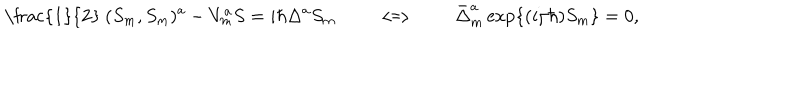
\mathrm { ~ \frac { 1 } { 2 } ~ } ( S _ { m } , S _ { m } ) ^ { a } - V _ { m } ^ { a } S = i \hbar \Delta ^ { a } S _ { m } \qquad \Longleftrightarrow \qquad \bar { \Delta } _ { m } ^ { a } \, \mathrm { e x p } \{ ( i / \hbar ) S _ { m } \} = 0 ,